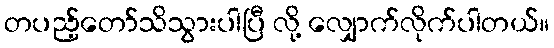
တပည့်တော်သိသွားပါပြီ လို့ လျှောက်လိုက်ပါတယ်။